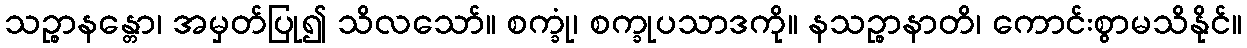
သဉ္စာနန္တော၊ အမှတ်ပြု၍ သိလသော်။ စက္ခုံ၊ စက္ခုပသာဒကို။ နသဉ္စာနာတိ၊ ကောင်းစွာမသိနိုင်။